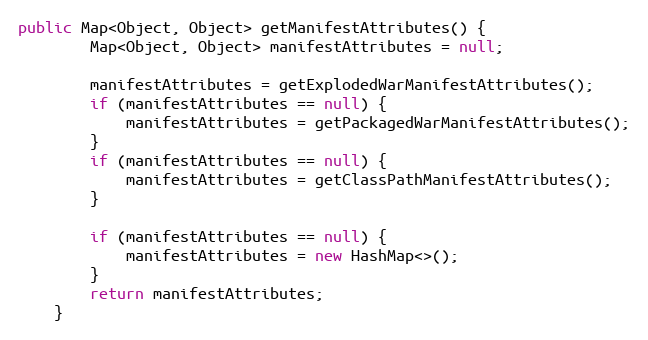
Language: Java
public Map<Object, Object> getManifestAttributes() {
		Map<Object, Object> manifestAttributes = null;

		manifestAttributes = getExplodedWarManifestAttributes();
		if (manifestAttributes == null) {
		    manifestAttributes = getPackagedWarManifestAttributes();
		}
		if (manifestAttributes == null) {
		    manifestAttributes = getClassPathManifestAttributes();
		}

		if (manifestAttributes == null) {
		    manifestAttributes = new HashMap<>();
		}
		return manifestAttributes;
	}